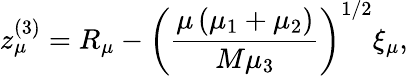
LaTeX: z_{\mu}^{(3)}=R_{\mu}-\left(\frac{\mu\left(\mu_{1}+\mu_{2}\right)}{M\mu_{3}}\right)^{1/2}\xi_{\mu},